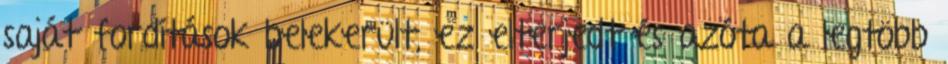
saját fordítások belekerült, ez elterjedt és azóta a legtöbb